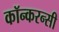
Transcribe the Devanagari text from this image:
कॉन्करन्सी